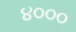
૪૦૦૦